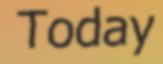
Today